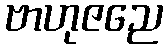
ဗာဟုဇညေ